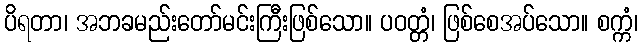
ပိရတာ၊ အဘခမည်းတော်မင်းကြီးဖြစ်သော။ ပဝတ္တံ၊ ဖြစ်စေအပ်သော။ စက္ကံ၊